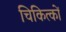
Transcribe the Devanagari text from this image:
चिकित्कों